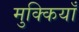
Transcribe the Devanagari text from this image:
मुक्कियाँ